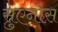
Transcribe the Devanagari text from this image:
सुएनोस